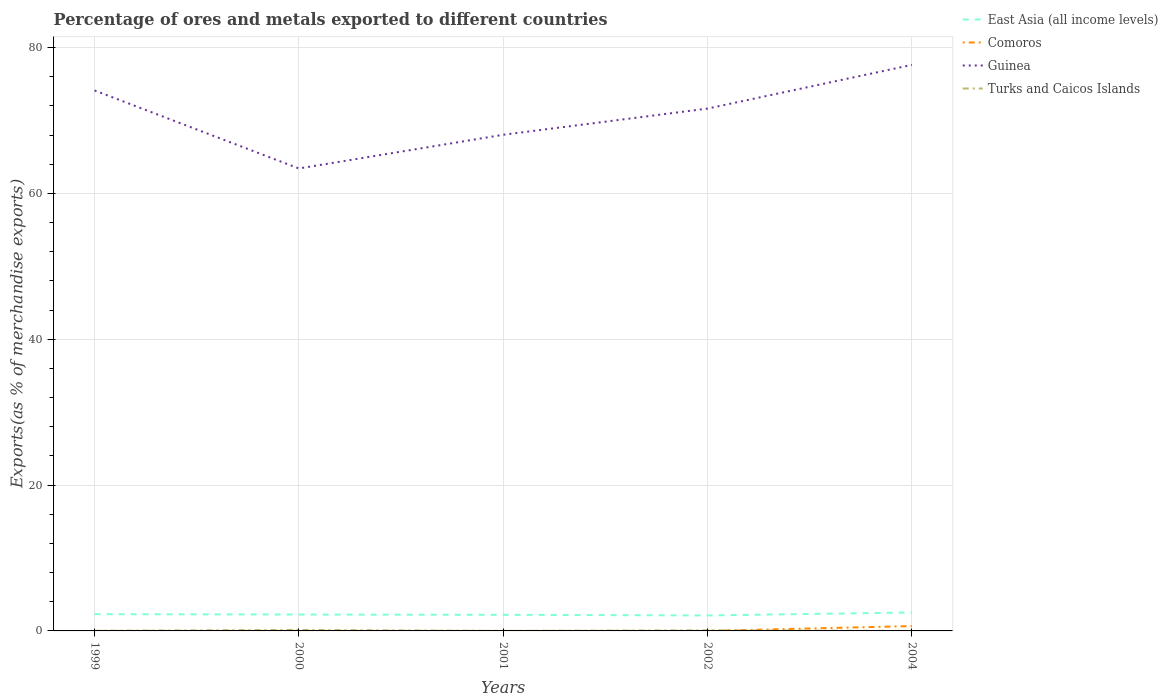
| Years | East Asia (all income levels) | Comoros | Guinea | Turks and Caicos Islands |
 | --- | --- | --- | --- | --- |
 | 1999 | 2.3 | 0.00189 | 74.1 | 0.0173 |
 | 2000 | 2.25 | 0.00423 | 63.4 | 0.138 |
 | 2001 | 2.21 | 0.00525 | 68 | 0.000212 |
 | 2002 | 2.12 | 0.00209 | 71.6 | 0.0822 |
 | 2004 | 2.53 | 0.665 | 77.6 | 0.000917 |